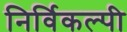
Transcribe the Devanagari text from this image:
निर्विकल्पी